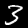
Label: 3